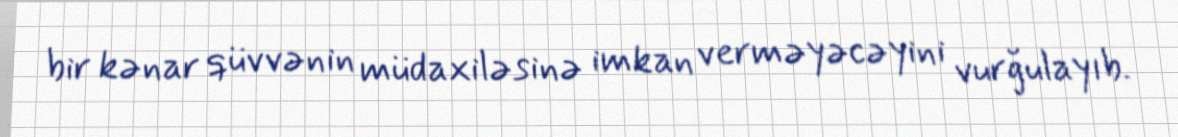
bir kənar qüvvənin müdaxiləsinə imkan verməyəcəyini vurğulayıb.